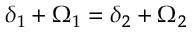
\delta _ { 1 } + \Omega _ { 1 } = \delta _ { 2 } + \Omega _ { 2 }